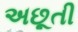
અછૂતી